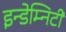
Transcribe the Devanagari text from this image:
इन्डेम्निटी